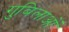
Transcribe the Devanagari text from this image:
गुबिलाओं